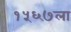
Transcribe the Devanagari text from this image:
१५६७ला